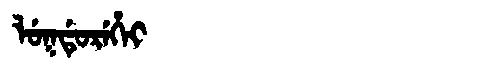
Manchu: ᠯᡠᡴᡩᡠᡵᡝᡥᡝᡳ
Romanization: LUKDUREHEI